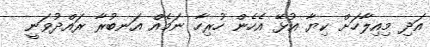
އަދި މިއިލާހަށް ކިޔާ އުޅޭ އެހެން ހުރިހާ ނަމެއް އަނބުރާ ރައްދުވަނީ